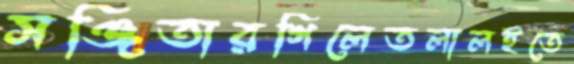
সঞ্জিতারগিলেতলালইতে